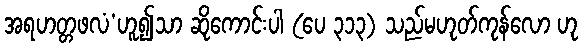
အရဟတ္တဖလံ’ဟူ၍သာ ဆိုကောင်းပါ (ပေ ၃၁၃) သည်မဟုတ်ကုန်လော ဟု